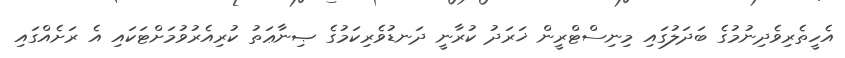
އެހީތެރިވެދިނުމުގެ ބަދަލުގައި މިނިސްޓްރީން ޚަރަދު ކުރާނީ ދަނޑުވެރިކަމުގެ ޞިނާޢަތު ކުރިއެރުވުމަށްޓަކައި އެ ރަށެއްގައި